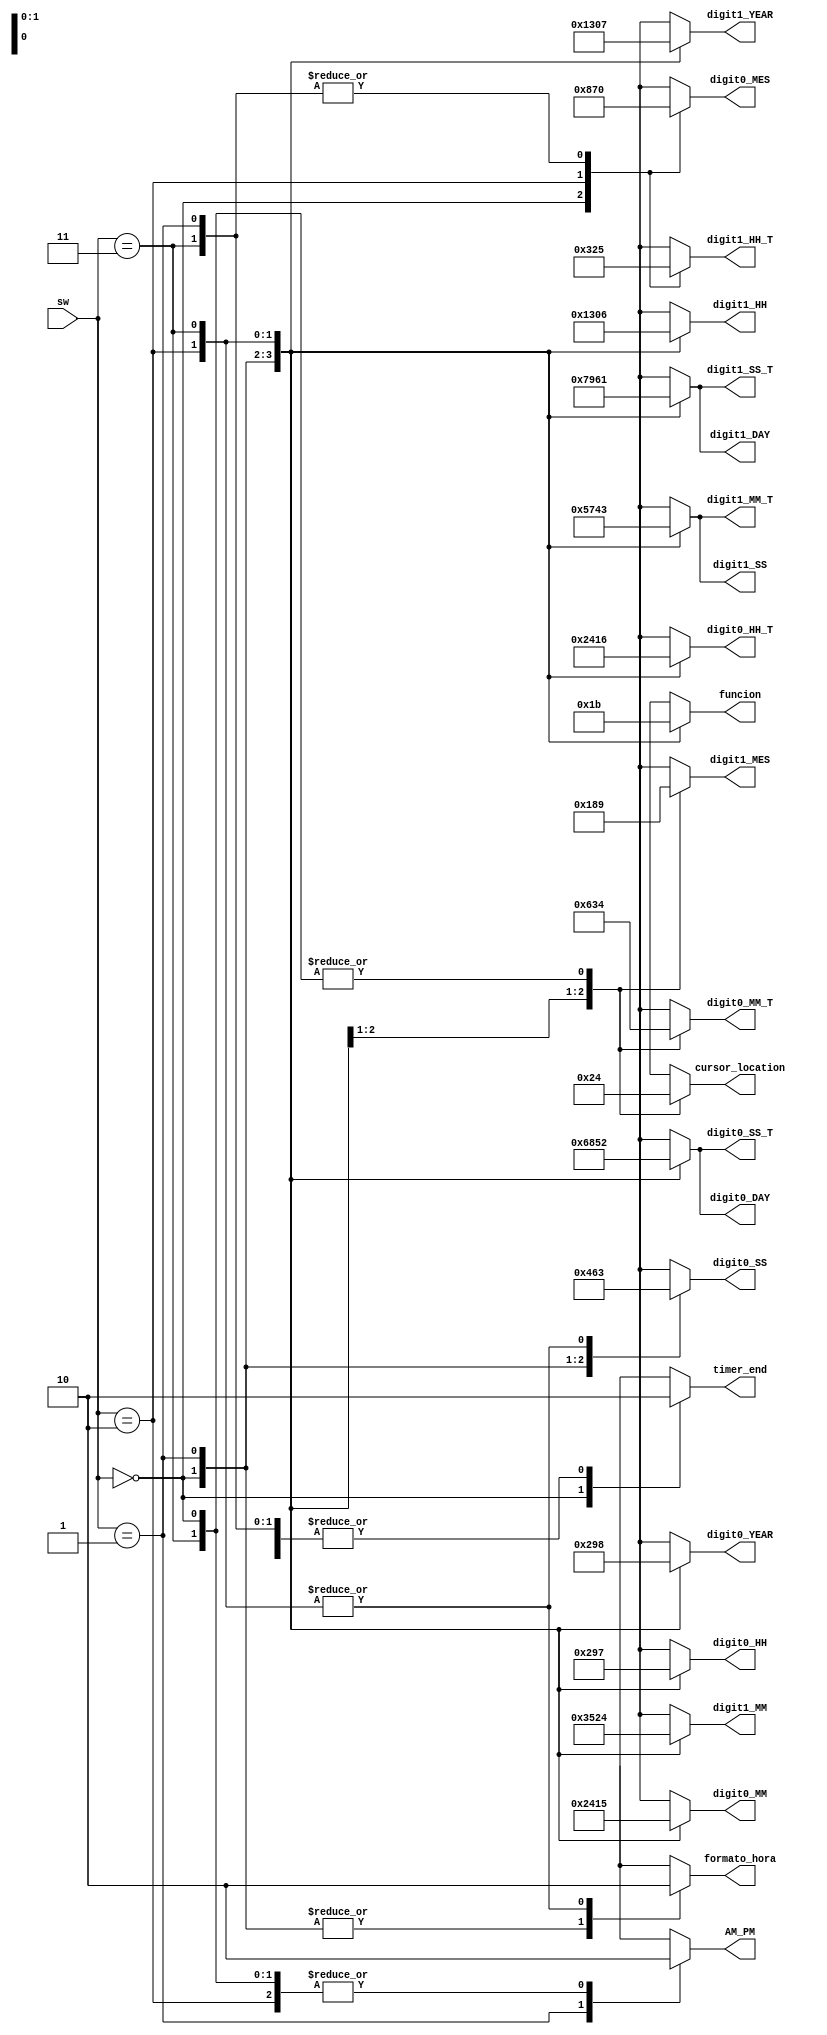
module bloque_prueba_frames
(
input wire [1:0]sw,
output reg [3:0] digit0_HH, digit1_HH, digit0_MM, digit1_MM, digit0_SS, digit1_SS,//
digit0_DAY, digit1_DAY, digit0_MES, digit1_MES, digit0_YEAR, digit1_YEAR,//
digit0_HH_T, digit1_HH_T, digit0_MM_T, digit1_MM_T, digit0_SS_T, digit1_SS_T,//Decenas y unidades para los nmeros en pantalla (18 inputs de 3 bits)
output reg AM_PM,//Entrada para conocer si en la informacin de hora se despliega AM o PM
output reg [1:0]funcion,//2-bits: cuatro estados del modo configuracin
output reg [1:0] cursor_location,//Marca la posicin del cursor en modo configuracin
output reg timer_end,//bandera proveniente del RTC que indica la finalizacin del tiempo del timer
output reg formato_hora//Seal que indica si la hora esta en formato 12 hrs o 24 hrs (0->24 hrs)
);


//Lgica de salida
always@*

begin

case(sw)

2'h0:
begin
	digit0_HH = 4'b0000;
	digit1_HH = 4'b0001;
	digit0_MM = 4'b0010; 
	digit1_MM = 4'b0011;
	digit0_SS = 4'b0100;
	digit1_SS = 4'b0101;//

	digit0_DAY = 4'b0110;
	digit1_DAY = 4'b0111;
	digit0_MES = 4'b1000;
	digit1_MES = 4'b1001;
	digit0_YEAR = 4'b0000;
	digit1_YEAR = 4'b0001;//

	digit0_HH_T = 4'b0010; 
	digit1_HH_T = 4'b0011;
	digit0_MM_T = 4'b0100;
	digit1_MM_T = 4'b0101;
	digit0_SS_T = 4'b0110;
	digit1_SS_T = 4'b0111;

	AM_PM = 1'b0;
	funcion = 2'b00;
	cursor_location = 2'b00;
	timer_end = 1'b1;
	formato_hora = 1'b1;
end

2'h1:
begin
	digit0_HH = 4'b0010;
	digit1_HH = 4'b0011;
	digit0_MM = 4'b0100; 
	digit1_MM = 4'b0101;
	digit0_SS = 4'b0110;
	digit1_SS = 4'b0111;//

	digit0_DAY = 4'b1000;
	digit1_DAY = 4'b1001;
	digit0_MES = 4'b0000;
	digit1_MES = 4'b0001;
	digit0_YEAR = 4'b0010;
	digit1_YEAR = 4'b0011;//

	digit0_HH_T = 4'b0100; 
	digit1_HH_T = 4'b0101;
	digit0_MM_T = 4'b0110;
	digit1_MM_T = 4'b0111;
	digit0_SS_T = 4'b1000;
	digit1_SS_T = 4'b1001;

	AM_PM = 1'b1;
	funcion = 2'b01;
	cursor_location = 2'b10;
	timer_end = 1'b0;
	formato_hora = 1'b1;
end

2'h2:
begin
	digit0_HH = 4'b1001;
	digit1_HH = 4'b0000;
	digit0_MM = 4'b0001; 
	digit1_MM = 4'b0010;
	digit0_SS = 4'b0011;
	digit1_SS = 4'b0100;//

	digit0_DAY = 4'b0101;
	digit1_DAY = 4'b0110;
	digit0_MES = 4'b0111;
	digit1_MES = 4'b1000;
	digit0_YEAR = 4'b1001;
	digit1_YEAR = 4'b0000;//

	digit0_HH_T = 4'b0001; 
	digit1_HH_T = 4'b0010;
	digit0_MM_T = 4'b0011;
	digit1_MM_T = 4'b0100;
	digit0_SS_T = 4'b0101;
	digit1_SS_T = 4'b0110;

	AM_PM = 1'b0;
	funcion = 2'b10;
	cursor_location = 2'b01;
	timer_end = 1'b0;
	formato_hora = 1'b0;
end

2'h3:
begin
	digit0_HH = 4'b0111;
	digit1_HH = 4'b0110;
	digit0_MM = 4'b0101; 
	digit1_MM = 4'b0100;
	digit0_SS = 4'b0011;
	digit1_SS = 4'b0011;//

	digit0_DAY = 4'b0010;
	digit1_DAY = 4'b0001;
	digit0_MES = 4'b0000;
	digit1_MES = 4'b1001;
	digit0_YEAR = 4'b1000;
	digit1_YEAR = 4'b0111;//

	digit0_HH_T = 4'b0110; 
	digit1_HH_T = 4'b0101;
	digit0_MM_T = 4'b0100;
	digit1_MM_T = 4'b0011;
	digit0_SS_T = 4'b0010;
	digit1_SS_T = 4'b0001;

	AM_PM = 1'b0;
	funcion = 2'b11;
	cursor_location = 2'b00;
	timer_end = 1'b0;
	formato_hora = 1'b0;
end

endcase

end

endmodule